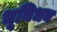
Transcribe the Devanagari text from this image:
भूमिधन